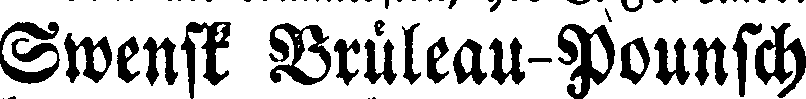
Swensk Bruleau-Pounsch